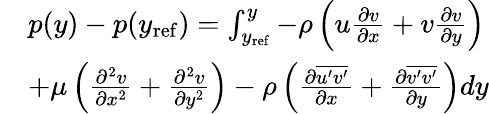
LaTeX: \begin{array}{rl}&{p(y)-p(y_{\mathrm{ref}})=\int_{y_{\mathrm{ref}}}^{y}{-\rho\left(u\frac{\partial v}{\partial x}+v\frac{\partial v}{\partial y}\right)}}\\ &{+\mu\left(\frac{\partial^{2}v}{\partial x^{2}}+\frac{\partial^{2}v}{\partial y^{2}}\right)-\rho\left(\frac{\partial\overline{{u^{\prime}v^{\prime}}}}{\partial x}+\frac{\partial\overline{{v^{\prime}v^{\prime}}}}{\partial y}\right)dy}\end{array}